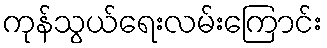
ကုန်သွယ်ရေးလမ်းကြောင်း